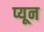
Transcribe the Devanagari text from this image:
प्यून